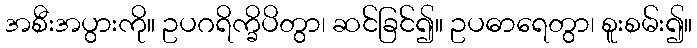
အစီးအပွားကို။ ဥပဂရိက္ခိပိတွာ၊ ဆင်ခြင်၍။ ဥပဓာရေတွာ၊ စူးစမ်း၍။